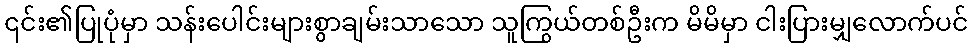
၎င်း၏ပြုပုံမှာ သန်းပေါင်းများစွာချမ်းသာသော သူကြွယ်တစ်ဦးက မိမိမှာ ငါးပြားမျှလောက်ပင်